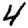
Digit: 4